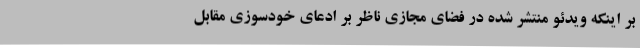
بر اینکه ویدئو منتشر شده در فضای مجازی ناظر بر ادعای خودسوزی مقابل